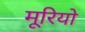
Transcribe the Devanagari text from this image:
मूरियो